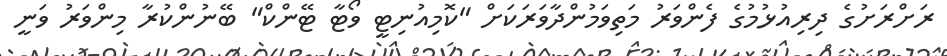
ރަށްރަށުގެ ދިރިއުޅުމުގެ ފެންވަރު މަތިވަމުންދާވަރަކަށް "ކޮމިއުނިޓީ ވޯޓާ ޓޭންކް" ބޭނުންކުރާ މިންވަރު ވަނީ